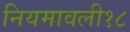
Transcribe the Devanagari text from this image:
नियमावली१८